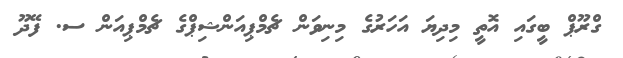
ގްރޫޕް ބީގައި އޮތީ މިދިޔަ އަހަރުގެ މިނިވަން ޗެމްޕިއަންޝިޕްގެ ޗެމްޕިއަން ސ. ފޭދޫ